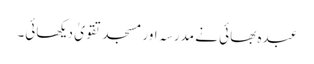
عبدہ بھائی نے مدرسہ اور مسجد تقویٰ دیکھائی۔